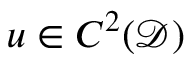
u \in C ^ { 2 } ( \mathcal { D } )